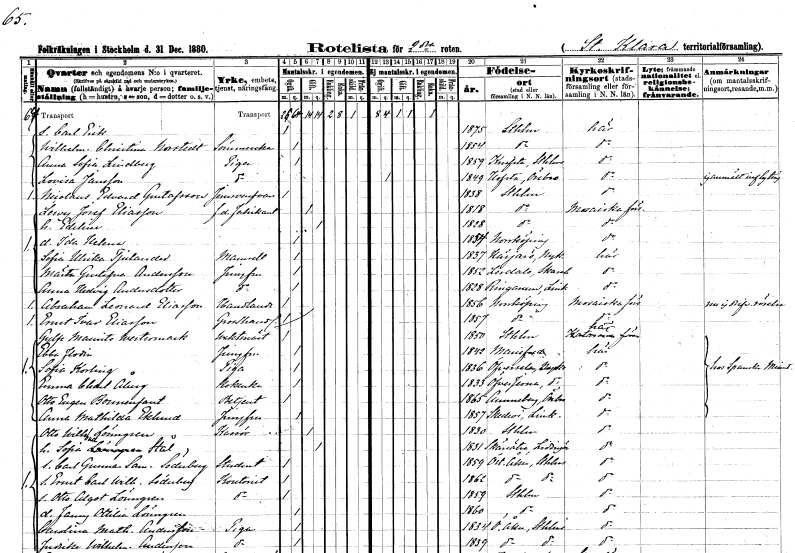
gt_parse: households: individuals: FN: Carl Erik
KON: M
CIV: O
FODAR: 1875
FODFORS: Stockholm
FN: Wilhelmina Christina
EN: Norstedt
YRKE: Sömmerska
KON: K
CIV: O
FODAR: 1854
FODFORS: Stockholm
FN: Anna Sofia
EN: Lindberg
YRKE: Piga
KON: K
CIV: O
FODAR: 1859
FODFORS: Knivsta Uppsala län
FN: Lovisa
EN: Jansson
YRKE: Piga
KON: K
CIV: O
FODAR: 1849
FODFORS: Hovsta Örebro län
FN: Nicolaus Edvard
EN: Gustafsson
YRKE: Järnsvarvare
KON: M
CIV: O
FODAR: 1838
FODFORS: Stockholm
FN: Lewy Josef
EN: Eliasson
YRKE: Fabrikant f.d.
KON: M
CIV: G
FODAR: 1818
FODFORS: Stockholm
FN: Edelina
KON: K
CIV: G
FODAR: 1828
FODFORS: Stockholm
FN: Ida Helena
KON: K
CIV: O
FODAR: 1854
FODFORS: Norrköping Östergötlands län
FN: Sofia Ulrika
EN: Tjulander
KON: K
CIV: O
FODAR: 1837
FODFORS: Helgarö Södermanlands län
FN: Märta Gustafva
EN: Andersson
YRKE: Jungfru
KON: K
CIV: O
FODAR: 1852
FODFORS: Lerdala Skaraborgs län
FN: Anna Hedvig
EN: Andersdotter
YRKE: Jungfru
KON: K
CIV: O
FODAR: 1828
FODFORS: Ringarum Östergötlands län
FN: Abraham Leonard
EN: Eliasson
YRKE: Handlande
KON: M
CIV: O
FODAR: 1856
FODFORS: Norrköping Östergötlands län
FN: Ernst Ivar
EN: Eliasson
YRKE: Grosshandlare
KON: M
CIV: O
FODAR: 1857
FODFORS: Norrköping Östergötlands län
FN: Gylfe Maurits
EN: Westermark
YRKE: Vaktmästare
KON: M
CIV: O
FODAR: 1850
FODFORS: Stockholm
FN: Ebba
EN: Flodin
YRKE: Jungfru
KON: K
CIV: O
FODAR: 1842
FODFORS: Mariefred Södermanlands län
FN: Sofia
EN: Korling
YRKE: Piga
KON: K
CIV: O
FODAR: 1836
FODFORS: Överselö Södermanlands län
FN: Emma Charlotta
EN: Åberg
YRKE: Kokerska
KON: K
CIV: O
FODAR: 1833
FODFORS: Överjärna Stockholms län
FN: Otto Eugen
EN: Bounenfant
YRKE: Betjänt
KON: M
CIV: O
FODAR: 1865
FODFORS: Örebro län
FN: Anna Mathilda
EN: Eklund
YRKE: Jungfru
KON: K
CIV: O
FODAR: 1857
FODFORS: Skedevi Östergötlands län